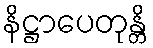
နိဋ္ဌာပေတုန္တိ